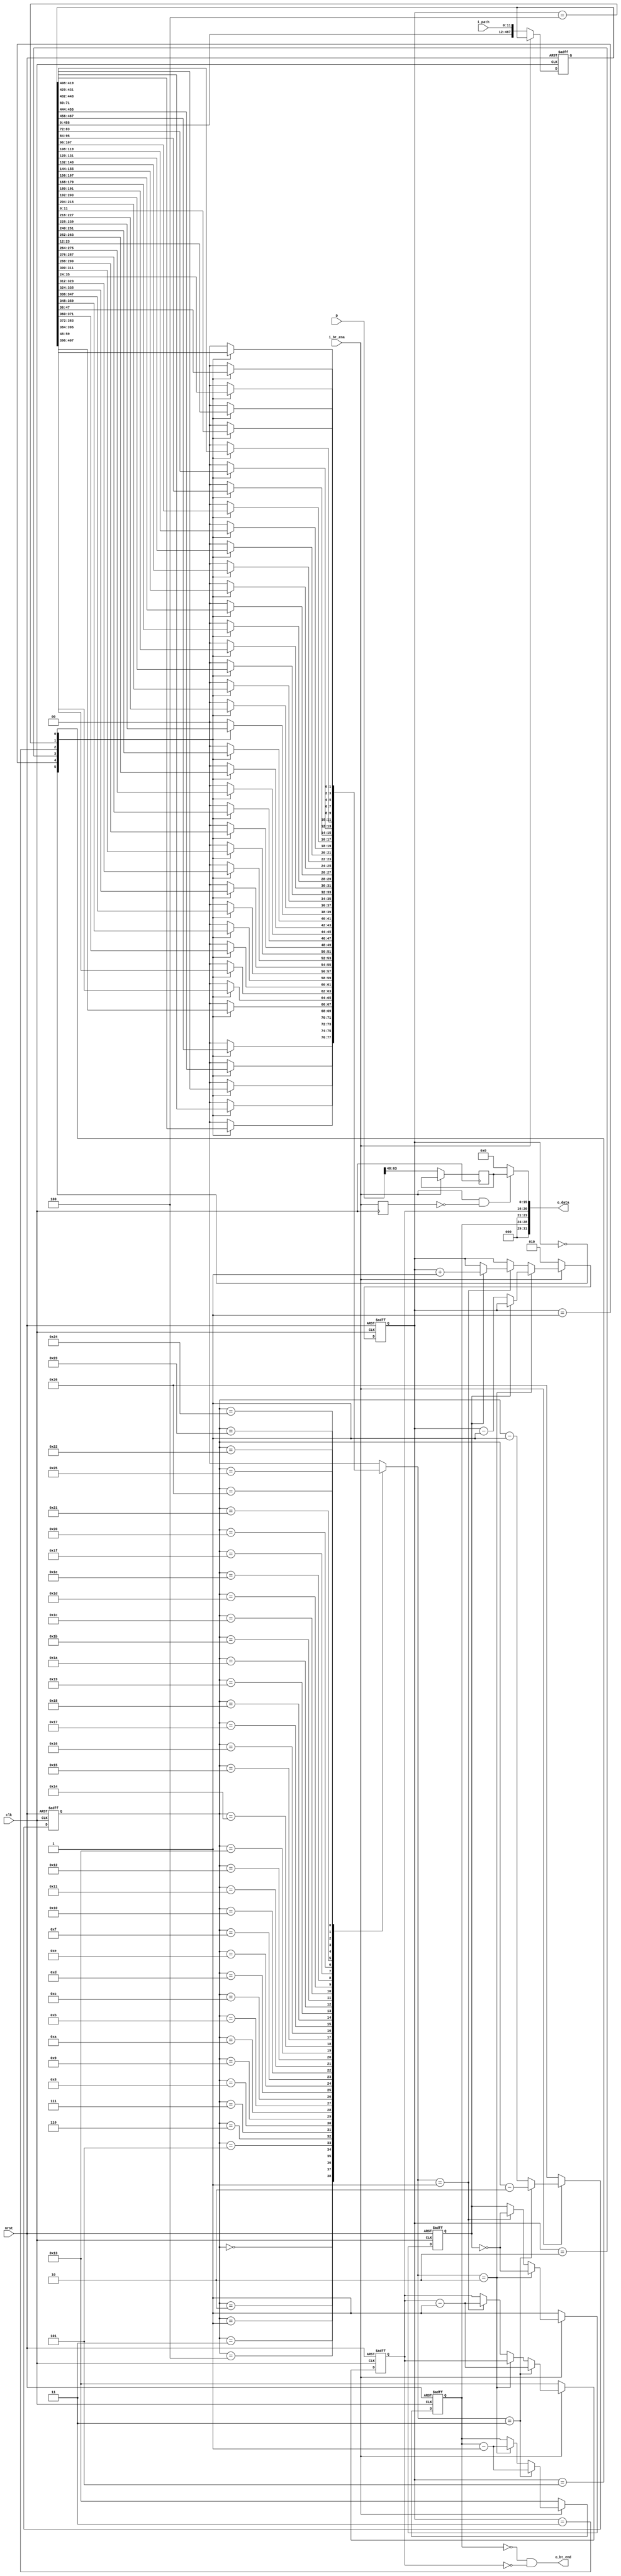
module DTW_BT(
    input   wire    clk,
    input   wire    nrst,
    
    input   wire    [95:0]  D,
    input   wire    [11:0]  i_path,

    input   wire    i_bt_ena,
    output  wire    o_bt_end,

    output  wire    [31:0]  o_data
);

    localparam PATH0 = 2'b11; // (i-1,j-1)
    localparam PATH1 = 2'b10; // (i-1,j)
    localparam PATH2 = 2'b01; // (i,j-1)
    localparam PATH_RST = 2'b00;

    reg [467:0] PathRAM;
    reg [1:0] path;

    reg [5:0] nit; // number of iterations
    reg [2:0] npe; // pe index
    reg rem_i; // whether (i-1,j) corresponds to the same pe

    reg [4:0] tindex;
    reg [4:0] rindex;
    assign o_bt_end = (tindex == 5'd0 && rindex == 5'd0);

    always @ (posedge clk or negedge nrst) begin
        if (~nrst) begin
            nit <= 6'd38;
            npe <= 3'd2;
            rem_i <= 1'b1;
        end
        else begin
            if (~i_bt_ena) begin
                nit <= 6'd38;
                npe <= 3'd2;
                rem_i <= 1'b1;
            end
            else begin
                if (path == PATH0)
                    nit <= nit - 2;
                else
                    nit <= nit - 1;
                if (path == PATH1) begin
                    if (~rem_i)
                        npe <= npe - 1;
                    rem_i <= ~rem_i;
                end
                else if (path == PATH2) begin
                    if (rem_i)
                        npe <= npe + 1;
                    rem_i <= ~rem_i;
                end
            end
        end
    end

    always @ (posedge clk or negedge nrst) begin
        if (~nrst) begin
            tindex <= 5'd19;
            rindex <= 5'd19;
        end
        else begin
            if (~i_bt_ena) begin
                tindex <= 5'd19;
                rindex <= 5'd19;
            end
            else begin
                if (path == PATH0) begin
                    tindex <= tindex - 1;
                    rindex <= rindex - 1;
                end
                else if (path == PATH1) begin
                    tindex <= tindex - 1;
                end
                else if (path == PATH2) begin
                    rindex <= rindex - 1;
                end
            end
        end
    end

    always @ (posedge clk or negedge nrst) begin
        if (~nrst) begin
            PathRAM <= {468{1'b1}};
        end
        else begin
            if (~i_bt_ena)
                PathRAM <= {PathRAM[455:0], i_path};
        end
    end

    always @ (*) begin
		path = PATH_RST;
        case (nit)
            6'd0: begin
                case (npe)
                    3'd0: path = PathRAM[467:466];
                    3'd1: path = PathRAM[465:464];
                    3'd2: path = PathRAM[463:462];
                    3'd3: path = PathRAM[461:460];
                    3'd4: path = PathRAM[459:458];
                    3'd5: path = PathRAM[457:456];
                endcase
            end
            6'd1: begin
                case (npe)
                    3'd0: path = PathRAM[455:454];
                    3'd1: path = PathRAM[453:452];
                    3'd2: path = PathRAM[451:450];
                    3'd3: path = PathRAM[449:448];
                    3'd4: path = PathRAM[447:446];
                    3'd5: path = PathRAM[445:444];
                endcase
            end
            6'd2: begin
                case (npe)
                    3'd0: path = PathRAM[443:442];
                    3'd1: path = PathRAM[441:440];
                    3'd2: path = PathRAM[439:438];
                    3'd3: path = PathRAM[437:436];
                    3'd4: path = PathRAM[435:434];
                    3'd5: path = PathRAM[433:432];
                endcase
            end
            6'd3: begin
                case (npe)
                    3'd0: path = PathRAM[431:430];
                    3'd1: path = PathRAM[429:428];
                    3'd2: path = PathRAM[427:426];
                    3'd3: path = PathRAM[425:424];
                    3'd4: path = PathRAM[423:422];
                    3'd5: path = PathRAM[421:420];
                endcase
            end
            6'd4: begin
                case (npe)
                    3'd0: path = PathRAM[419:418];
                    3'd1: path = PathRAM[417:416];
                    3'd2: path = PathRAM[415:414];
                    3'd3: path = PathRAM[413:412];
                    3'd4: path = PathRAM[411:410];
                    3'd5: path = PathRAM[409:408];
                endcase
            end
            6'd5: begin
                case (npe)
                    3'd0: path = PathRAM[407:406];
                    3'd1: path = PathRAM[405:404];
                    3'd2: path = PathRAM[403:402];
                    3'd3: path = PathRAM[401:400];
                    3'd4: path = PathRAM[399:398];
                    3'd5: path = PathRAM[397:396];
                endcase
            end
            6'd6: begin
                case (npe)
                    3'd0: path = PathRAM[395:394];
                    3'd1: path = PathRAM[393:392];
                    3'd2: path = PathRAM[391:390];
                    3'd3: path = PathRAM[389:388];
                    3'd4: path = PathRAM[387:386];
                    3'd5: path = PathRAM[385:384];
                endcase
            end
            6'd7: begin
                case (npe)
                    3'd0: path = PathRAM[383:382];
                    3'd1: path = PathRAM[381:380];
                    3'd2: path = PathRAM[379:378];
                    3'd3: path = PathRAM[377:376];
                    3'd4: path = PathRAM[375:374];
                    3'd5: path = PathRAM[373:372];
                endcase
            end
            6'd8: begin
                case (npe)
                    3'd0: path = PathRAM[371:370];
                    3'd1: path = PathRAM[369:368];
                    3'd2: path = PathRAM[367:366];
                    3'd3: path = PathRAM[365:364];
                    3'd4: path = PathRAM[363:362];
                    3'd5: path = PathRAM[361:360];
                endcase
            end
            6'd9: begin
                case (npe)
                    3'd0: path = PathRAM[359:358];
                    3'd1: path = PathRAM[357:356];
                    3'd2: path = PathRAM[355:354];
                    3'd3: path = PathRAM[353:352];
                    3'd4: path = PathRAM[351:350];
                    3'd5: path = PathRAM[349:348];
                endcase
            end
            6'd10: begin
                case (npe)
                    3'd0: path = PathRAM[347:346];
                    3'd1: path = PathRAM[345:344];
                    3'd2: path = PathRAM[343:342];
                    3'd3: path = PathRAM[341:340];
                    3'd4: path = PathRAM[339:338];
                    3'd5: path = PathRAM[337:336];
                endcase
            end
            6'd11: begin
                case (npe)
                    3'd0: path = PathRAM[335:334];
                    3'd1: path = PathRAM[333:332];
                    3'd2: path = PathRAM[331:330];
                    3'd3: path = PathRAM[329:328];
                    3'd4: path = PathRAM[327:326];
                    3'd5: path = PathRAM[325:324];
                endcase
            end
            6'd12: begin
                case (npe)
                    3'd0: path = PathRAM[323:322];
                    3'd1: path = PathRAM[321:320];
                    3'd2: path = PathRAM[319:318];
                    3'd3: path = PathRAM[317:316];
                    3'd4: path = PathRAM[315:314];
                    3'd5: path = PathRAM[313:312];
                endcase
            end
            6'd13: begin
                case (npe)
                    3'd0: path = PathRAM[311:310];
                    3'd1: path = PathRAM[309:308];
                    3'd2: path = PathRAM[307:306];
                    3'd3: path = PathRAM[305:304];
                    3'd4: path = PathRAM[303:302];
                    3'd5: path = PathRAM[301:300];
                endcase
            end
            6'd14: begin
                case (npe)
                    3'd0: path = PathRAM[299:298];
                    3'd1: path = PathRAM[297:296];
                    3'd2: path = PathRAM[295:294];
                    3'd3: path = PathRAM[293:292];
                    3'd4: path = PathRAM[291:290];
                    3'd5: path = PathRAM[289:288];
                endcase
            end
            6'd15: begin
                case (npe)
                    3'd0: path = PathRAM[287:286];
                    3'd1: path = PathRAM[285:284];
                    3'd2: path = PathRAM[283:282];
                    3'd3: path = PathRAM[281:280];
                    3'd4: path = PathRAM[279:278];
                    3'd5: path = PathRAM[277:276];
                endcase
            end
            6'd16: begin
                case (npe)
                    3'd0: path = PathRAM[275:274];
                    3'd1: path = PathRAM[273:272];
                    3'd2: path = PathRAM[271:270];
                    3'd3: path = PathRAM[269:268];
                    3'd4: path = PathRAM[267:266];
                    3'd5: path = PathRAM[265:264];
                endcase
            end
            6'd17: begin
                case (npe)
                    3'd0: path = PathRAM[263:262];
                    3'd1: path = PathRAM[261:260];
                    3'd2: path = PathRAM[259:258];
                    3'd3: path = PathRAM[257:256];
                    3'd4: path = PathRAM[255:254];
                    3'd5: path = PathRAM[253:252];
                endcase
            end
            6'd18: begin
                case (npe)
                    3'd0: path = PathRAM[251:250];
                    3'd1: path = PathRAM[249:248];
                    3'd2: path = PathRAM[247:246];
                    3'd3: path = PathRAM[245:244];
                    3'd4: path = PathRAM[243:242];
                    3'd5: path = PathRAM[241:240];
                endcase
            end
            6'd19: begin
                case (npe)
                    3'd0: path = PathRAM[239:238];
                    3'd1: path = PathRAM[237:236];
                    3'd2: path = PathRAM[235:234];
                    3'd3: path = PathRAM[233:232];
                    3'd4: path = PathRAM[231:230];
                    3'd5: path = PathRAM[229:228];
                endcase
            end
            6'd20: begin
                case (npe)
                    3'd0: path = PathRAM[227:226];
                    3'd1: path = PathRAM[225:224];
                    3'd2: path = PathRAM[223:222];
                    3'd3: path = PathRAM[221:220];
                    3'd4: path = PathRAM[219:218];
                    3'd5: path = PathRAM[217:216];
                endcase
            end
            6'd21: begin
                case (npe)
                    3'd0: path = PathRAM[215:214];
                    3'd1: path = PathRAM[213:212];
                    3'd2: path = PathRAM[211:210];
                    3'd3: path = PathRAM[209:208];
                    3'd4: path = PathRAM[207:206];
                    3'd5: path = PathRAM[205:204];
                endcase
            end
            6'd22: begin
                case (npe)
                    3'd0: path = PathRAM[203:202];
                    3'd1: path = PathRAM[201:200];
                    3'd2: path = PathRAM[199:198];
                    3'd3: path = PathRAM[197:196];
                    3'd4: path = PathRAM[195:194];
                    3'd5: path = PathRAM[193:192];
                endcase
            end
            6'd23: begin
                case (npe)
                    3'd0: path = PathRAM[191:190];
                    3'd1: path = PathRAM[189:188];
                    3'd2: path = PathRAM[187:186];
                    3'd3: path = PathRAM[185:184];
                    3'd4: path = PathRAM[183:182];
                    3'd5: path = PathRAM[181:180];
                endcase
            end
            6'd24: begin
                case (npe)
                    3'd0: path = PathRAM[179:178];
                    3'd1: path = PathRAM[177:176];
                    3'd2: path = PathRAM[175:174];
                    3'd3: path = PathRAM[173:172];
                    3'd4: path = PathRAM[171:170];
                    3'd5: path = PathRAM[169:168];
                endcase
            end
            6'd25: begin
                case (npe)
                    3'd0: path = PathRAM[167:166];
                    3'd1: path = PathRAM[165:164];
                    3'd2: path = PathRAM[163:162];
                    3'd3: path = PathRAM[161:160];
                    3'd4: path = PathRAM[159:158];
                    3'd5: path = PathRAM[157:156];
                endcase
            end
            6'd26: begin
                case (npe)
                    3'd0: path = PathRAM[155:154];
                    3'd1: path = PathRAM[153:152];
                    3'd2: path = PathRAM[151:150];
                    3'd3: path = PathRAM[149:148];
                    3'd4: path = PathRAM[147:146];
                    3'd5: path = PathRAM[145:144];
                endcase
            end
            6'd27: begin
                case (npe)
                    3'd0: path = PathRAM[143:142];
                    3'd1: path = PathRAM[141:140];
                    3'd2: path = PathRAM[139:138];
                    3'd3: path = PathRAM[137:136];
                    3'd4: path = PathRAM[135:134];
                    3'd5: path = PathRAM[133:132];
                endcase
            end
            6'd28: begin
                case (npe)
                    3'd0: path = PathRAM[131:130];
                    3'd1: path = PathRAM[129:128];
                    3'd2: path = PathRAM[127:126];
                    3'd3: path = PathRAM[125:124];
                    3'd4: path = PathRAM[123:122];
                    3'd5: path = PathRAM[121:120];
                endcase
            end
            6'd29: begin
                case (npe)
                    3'd0: path = PathRAM[119:118];
                    3'd1: path = PathRAM[117:116];
                    3'd2: path = PathRAM[115:114];
                    3'd3: path = PathRAM[113:112];
                    3'd4: path = PathRAM[111:110];
                    3'd5: path = PathRAM[109:108];
                endcase
            end
            6'd30: begin
                case (npe)
                    3'd0: path = PathRAM[107:106];
                    3'd1: path = PathRAM[105:104];
                    3'd2: path = PathRAM[103:102];
                    3'd3: path = PathRAM[101:100];
                    3'd4: path = PathRAM[99:98];
                    3'd5: path = PathRAM[97:96];
                endcase
            end
            6'd31: begin
                case (npe)
                    3'd0: path = PathRAM[95:94];
                    3'd1: path = PathRAM[93:92];
                    3'd2: path = PathRAM[91:90];
                    3'd3: path = PathRAM[89:88];
                    3'd4: path = PathRAM[87:86];
                    3'd5: path = PathRAM[85:84];
                endcase
            end
            6'd32: begin
                case (npe)
                    3'd0: path = PathRAM[83:82];
                    3'd1: path = PathRAM[81:80];
                    3'd2: path = PathRAM[79:78];
                    3'd3: path = PathRAM[77:76];
                    3'd4: path = PathRAM[75:74];
                    3'd5: path = PathRAM[73:72];
                endcase
            end
            6'd33: begin
                case (npe)
                    3'd0: path = PathRAM[71:70];
                    3'd1: path = PathRAM[69:68];
                    3'd2: path = PathRAM[67:66];
                    3'd3: path = PathRAM[65:64];
                    3'd4: path = PathRAM[63:62];
                    3'd5: path = PathRAM[61:60];
                endcase
            end
            6'd34: begin
                case (npe)
                    3'd0: path = PathRAM[59:58];
                    3'd1: path = PathRAM[57:56];
                    3'd2: path = PathRAM[55:54];
                    3'd3: path = PathRAM[53:52];
                    3'd4: path = PathRAM[51:50];
                    3'd5: path = PathRAM[49:48];
                endcase
            end
            6'd35: begin
                case (npe)
                    3'd0: path = PathRAM[47:46];
                    3'd1: path = PathRAM[45:44];
                    3'd2: path = PathRAM[43:42];
                    3'd3: path = PathRAM[41:40];
                    3'd4: path = PathRAM[39:38];
                    3'd5: path = PathRAM[37:36];
                endcase
            end
            6'd36: begin
                case (npe)
                    3'd0: path = PathRAM[35:34];
                    3'd1: path = PathRAM[33:32];
                    3'd2: path = PathRAM[31:30];
                    3'd3: path = PathRAM[29:28];
                    3'd4: path = PathRAM[27:26];
                    3'd5: path = PathRAM[25:24];
                endcase
            end
            6'd37: begin
                case (npe)
                    3'd0: path = PathRAM[23:22];
                    3'd1: path = PathRAM[21:20];
                    3'd2: path = PathRAM[19:18];
                    3'd3: path = PathRAM[17:16];
                    3'd4: path = PathRAM[15:14];
                    3'd5: path = PathRAM[13:12];
                endcase
            end
            6'd38: begin
                case (npe)
                    3'd0: path = PathRAM[11:10];
                    3'd1: path = PathRAM[9:8];
                    3'd2: path = PathRAM[7:6];
                    3'd3: path = PathRAM[5:4];
                    3'd4: path = PathRAM[3:2];
                    3'd5: path = PathRAM[1:0];
                endcase
            end
        endcase
    end

    reg [15:0] result;
    always @ (posedge clk) begin
        if (~i_bt_ena)
            result <= D[63:48];
    end

    reg bt_ena;
    always @ (posedge clk) begin
        bt_ena <= i_bt_ena;
    end

    wire bt_start;
    assign bt_start = i_bt_ena & (~bt_ena);

    assign o_data = {3'b0, tindex, 3'b0, rindex,
        bt_start ? result : 16'b0};

endmodule